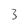
Character: 3